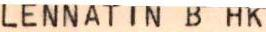
LENNATIN B HK